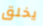
يخلق